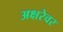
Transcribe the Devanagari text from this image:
अक्षरेवर